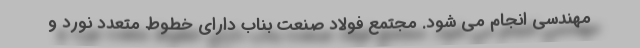
مهندسي انجام مي شود. مجتمع فولاد صنعت بناب داراي خطوط متعدد نورد و